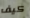
كيف